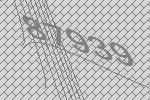
87939